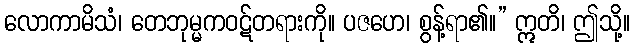
လောကာမိသံ၊ တေဘုမ္မကဝဋ်တရားကို။ ပဇဟေ၊ စွန့်ရာ၏။” ဣတိ၊ ဤသို့။